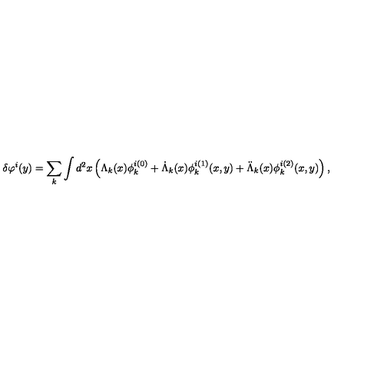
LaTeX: \delta \varphi ^ { i } ( y ) = \sum _ { k } \int d ^ { 2 } x \left( \Lambda _ { k } ( x ) \phi _ { k } ^ { i ( 0 ) } + \dot { \Lambda } _ { k } ( x ) \phi _ { k } ^ { i ( 1 ) } ( x , y ) + \ddot { \Lambda } _ { k } ( x ) \phi _ { k } ^ { i ( 2 ) } ( x , y ) \right) ,